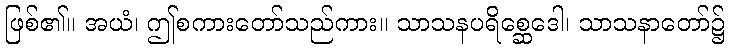
ဖြစ်၏။ အယံ၊ ဤစကားတော်သည်ကား။ သာသနပရိစ္ဆေဒေါ၊ သာသနာတော်၌